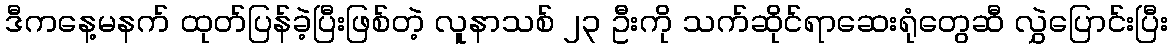
ဒီကနေ့မနက် ထုတ်ပြန်ခဲ့ပြီးဖြစ်တဲ့ လူနာသစ် ၂၃ ဦးကို သက်ဆိုင်ရာဆေးရုံတွေဆီ လွှဲပြောင်းပြီး